Account of plague administration in the Bombay Presidency from September 1896 till May 1897
Year: 1896
Disease focus: Plague
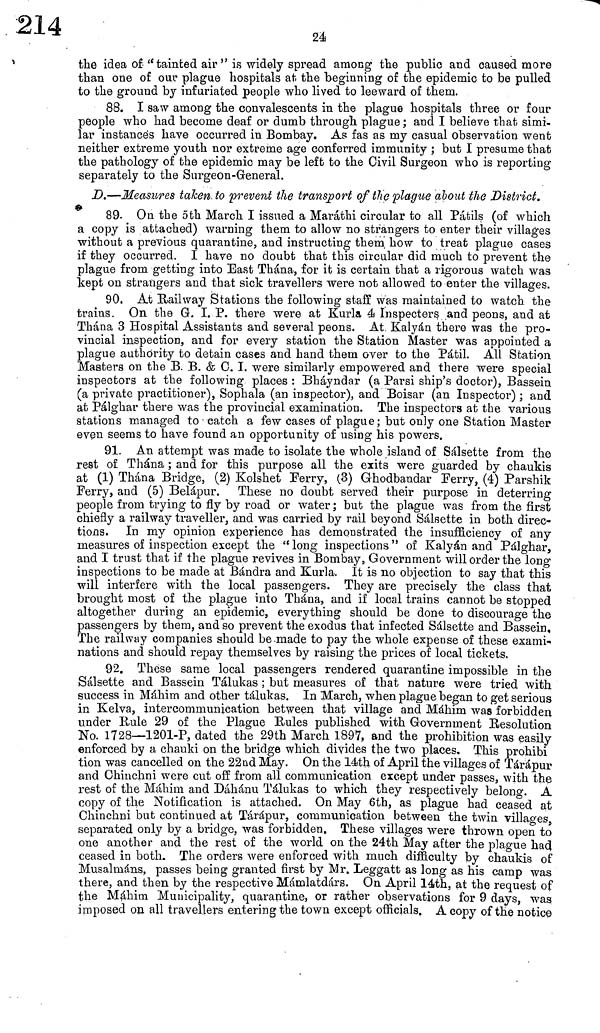
24
the idea of "tainted air" is widely spread among the public and caused more
than one of our plague hospitals at the beginning of the epidemic to be pulled
to the ground by infuriated people who lived to leeward of them.
88. I saw among the convalescents in the plague hospitals three or four
people who had become deaf or dumb through plague; and I believe that simi-
lar instances have occurred in Bombay. As fas as my casual observation went
neither extreme youth nor extreme age conferred immunity ; but I presume that
the pathology of the epidemic may be left to the Civil Surgeon who is reporting
separately to the Surgeon-General.
D.—Measures taken. to prevent the transport of the plague about the District.
89. On the 5th March I issued a Maráthi circular to all Pátils (of which
a copy is attached) warning them to allow no strangers to enter their villages
without a previous quarantine, and instructing them how to treat plague cases
if they occurred. I have no doubt that this circular did much to prevent the
plague from getting into East Thána, for it is certain that a rigorous watch was
kept on strangers and that sick travellers were not allowed to enter the villages.
90. At Railway Stations the following staff was maintained to watch the
trains. On the G. I. P. there were at Kurla 4 Inspectors and peons, and at
Thána 3 Hospital Assistants and several peons. At Kalyán there was the pro-
vincial inspection, and for every station the Station Master was appointed a
plague authority to detain cases and hand them over to the Pátil. All Station
Masters on the B. B. & C. I. were similarly empowered and there were special
inspectors at the following places : Bháyndar (a Parsi ship's doctor), Bassein
(a private practitioner), Sophala (an inspector), and Boisar (an Inspector) ; and
at Pálghar there was the provincial examination. The inspectors at the various
stations managed to catch a few cases of plague; but only one Station Master
even seems to have found an opportunity of using his powers.
91. An attempt was made to isolate the whole island of Sálsette from the
rest of Thána ; and for this purpose all the exits were guarded by chaukis
at (1) Thána Bridge, (2) Kolshet Ferry, (3) Ghodbandar Perry, (4) Parshik
Perry, and (5) Belápur. These no doubt served their purpose in deterring
people from trying to fly by road or water ; but the plague was from the first
chiefly a railway traveller, and was carried by rail beyond Sálsette in both direc-
tions. In my opinion experience has demonstrated the insufficiency of any
measures of inspection except the "long inspections" of Kalyán and Pálghar,
and I trust that if the plague revives in Bombay, Government will order the long
inspections to be made at Bándra and Kurla. It is no objection to say that this
will interfere with the local passengers. They are precisely the class that
brought most of the plague into Thána, and if local trains cannot be stopped
altogether during an epidemic, everything should be done to discourage the
passengers by them, and so prevent the exodus that infected Sálsette and Bassein,
The railway companies should be made to pay the whole expense of these exami-
nations and should repay themselves by raising the prices of local tickets.
92. These same local passengers rendered quarantine impossible in the
Sálsette and Bassein Tálukas ; but measures of that nature were tried with
success in Máhim and other tálukas. In March, when plague began to get serious
in Kelva, intercommunication between that village and Máhim was forbidden
under Rule 29 of the Plague Rules published with Government Resolution
No. 1728—1201-P, dated the 29th March 1897, and the prohibition was easily
enforced by a chauki on the bridge which divides the two places. This prohibí
tion was cancelled on the 22nd May. On the 14th of April the villages of Tárápur
and Chinchni were cut off from all communication except under passes, with the
rest of the Máhim and Dáhánu Tálukas to which they respectively belong. A
copy of the Notification is attached. On May 6th, as plague had ceased at
Chinchni but continued at Tárápur, communication between the twin villages,
separated only by a bridge, was forbidden. These villages were thrown open to
one another and the rest of the world on the 24th May after the plague had
ceased in both. The orders were enforced with much difficulty by chaukis of
Musalmáns, passes being granted first by Mr. Leggatt as long as his camp was
there, and then by the respective Mámlatdárs. On April 14th, at the request of
the Máhim Municipality, quarantine, or rather observations for 9 days, was
imposed on all travellers entering the town except officials. A copy of the notice